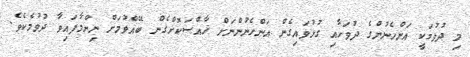
މި ދުވުމަކީ އަންހެނުންގެ ދުވަހާއި ގުޅުވައިގެން އަންހެނުންނަށް ޚާއްސަކޮށްގެން ބޭއްވުމަށް ނިންމާފައިވާ ދުވުމެކެވެ.